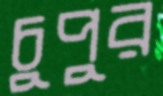
চুপুর